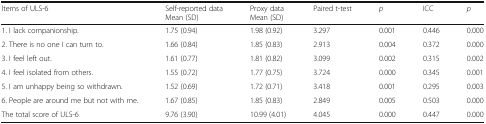
| Items of ULS-6 | Self-reported dataMean (SD) | Proxy dataMean (SD) | Paired t-test | p | ICC | p |
 | --- | --- | --- | --- | --- | --- | --- |
 | 1. I lack companionship. | 1.75 (0.94) | 1.98 (0.92) | 3.297 | 0.001 | 0.446 | 0.000 |
 | 2. There is no one I can turn to. | 1.66 (0.84) | 1.85 (0.83) | 2.913 | 0.004 | 0.372 | 0.000 |
 | 3. I feel left out. | 1.61 (0.77) | 1.81 (0.82) | 3.099 | 0.002 | 0.315 | 0.002 |
 | 4. I feel isolated from others. | 1.55 (0.72) | 1.77 (0.75) | 3.724 | 0.000 | 0.345 | 0.001 |
 | 5. I am unhappy being so withdrawn. | 1.52 (0.69) | 1.72 (0.71) | 3.418 | 0.001 | 0.295 | 0.003 |
 | 6. People are around me but not with me. | 1.67 (0.85) | 1.85 (0.83) | 2.849 | 0.005 | 0.503 | 0.000 |
 | The total score of ULS-6 | 9.76 (3.90) | 10.99 (4.01) | 4.045 | 0.000 | 0.447 | 0.000 |